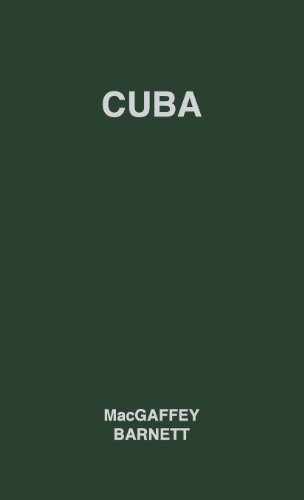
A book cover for Cuba: Its People, Its Society, Its Culture (Survey of World Cultures: No. 10); Wyatt Macgaffey; Travel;